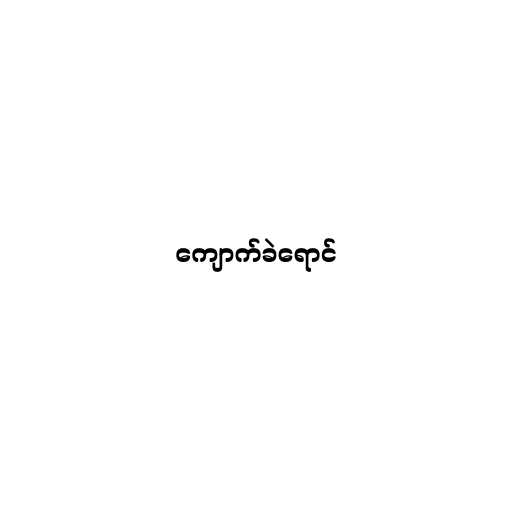
ကျောက်ခဲရောင်